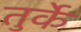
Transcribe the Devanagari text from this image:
तुर्के